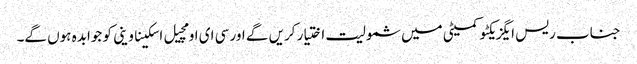
جناب ریس ایگزیکٹو کمیٹی میں شمولیت اختیار کریں گے اور سی ای او مچیل اسکیناوینی کو جوابدہ ہوں گے۔